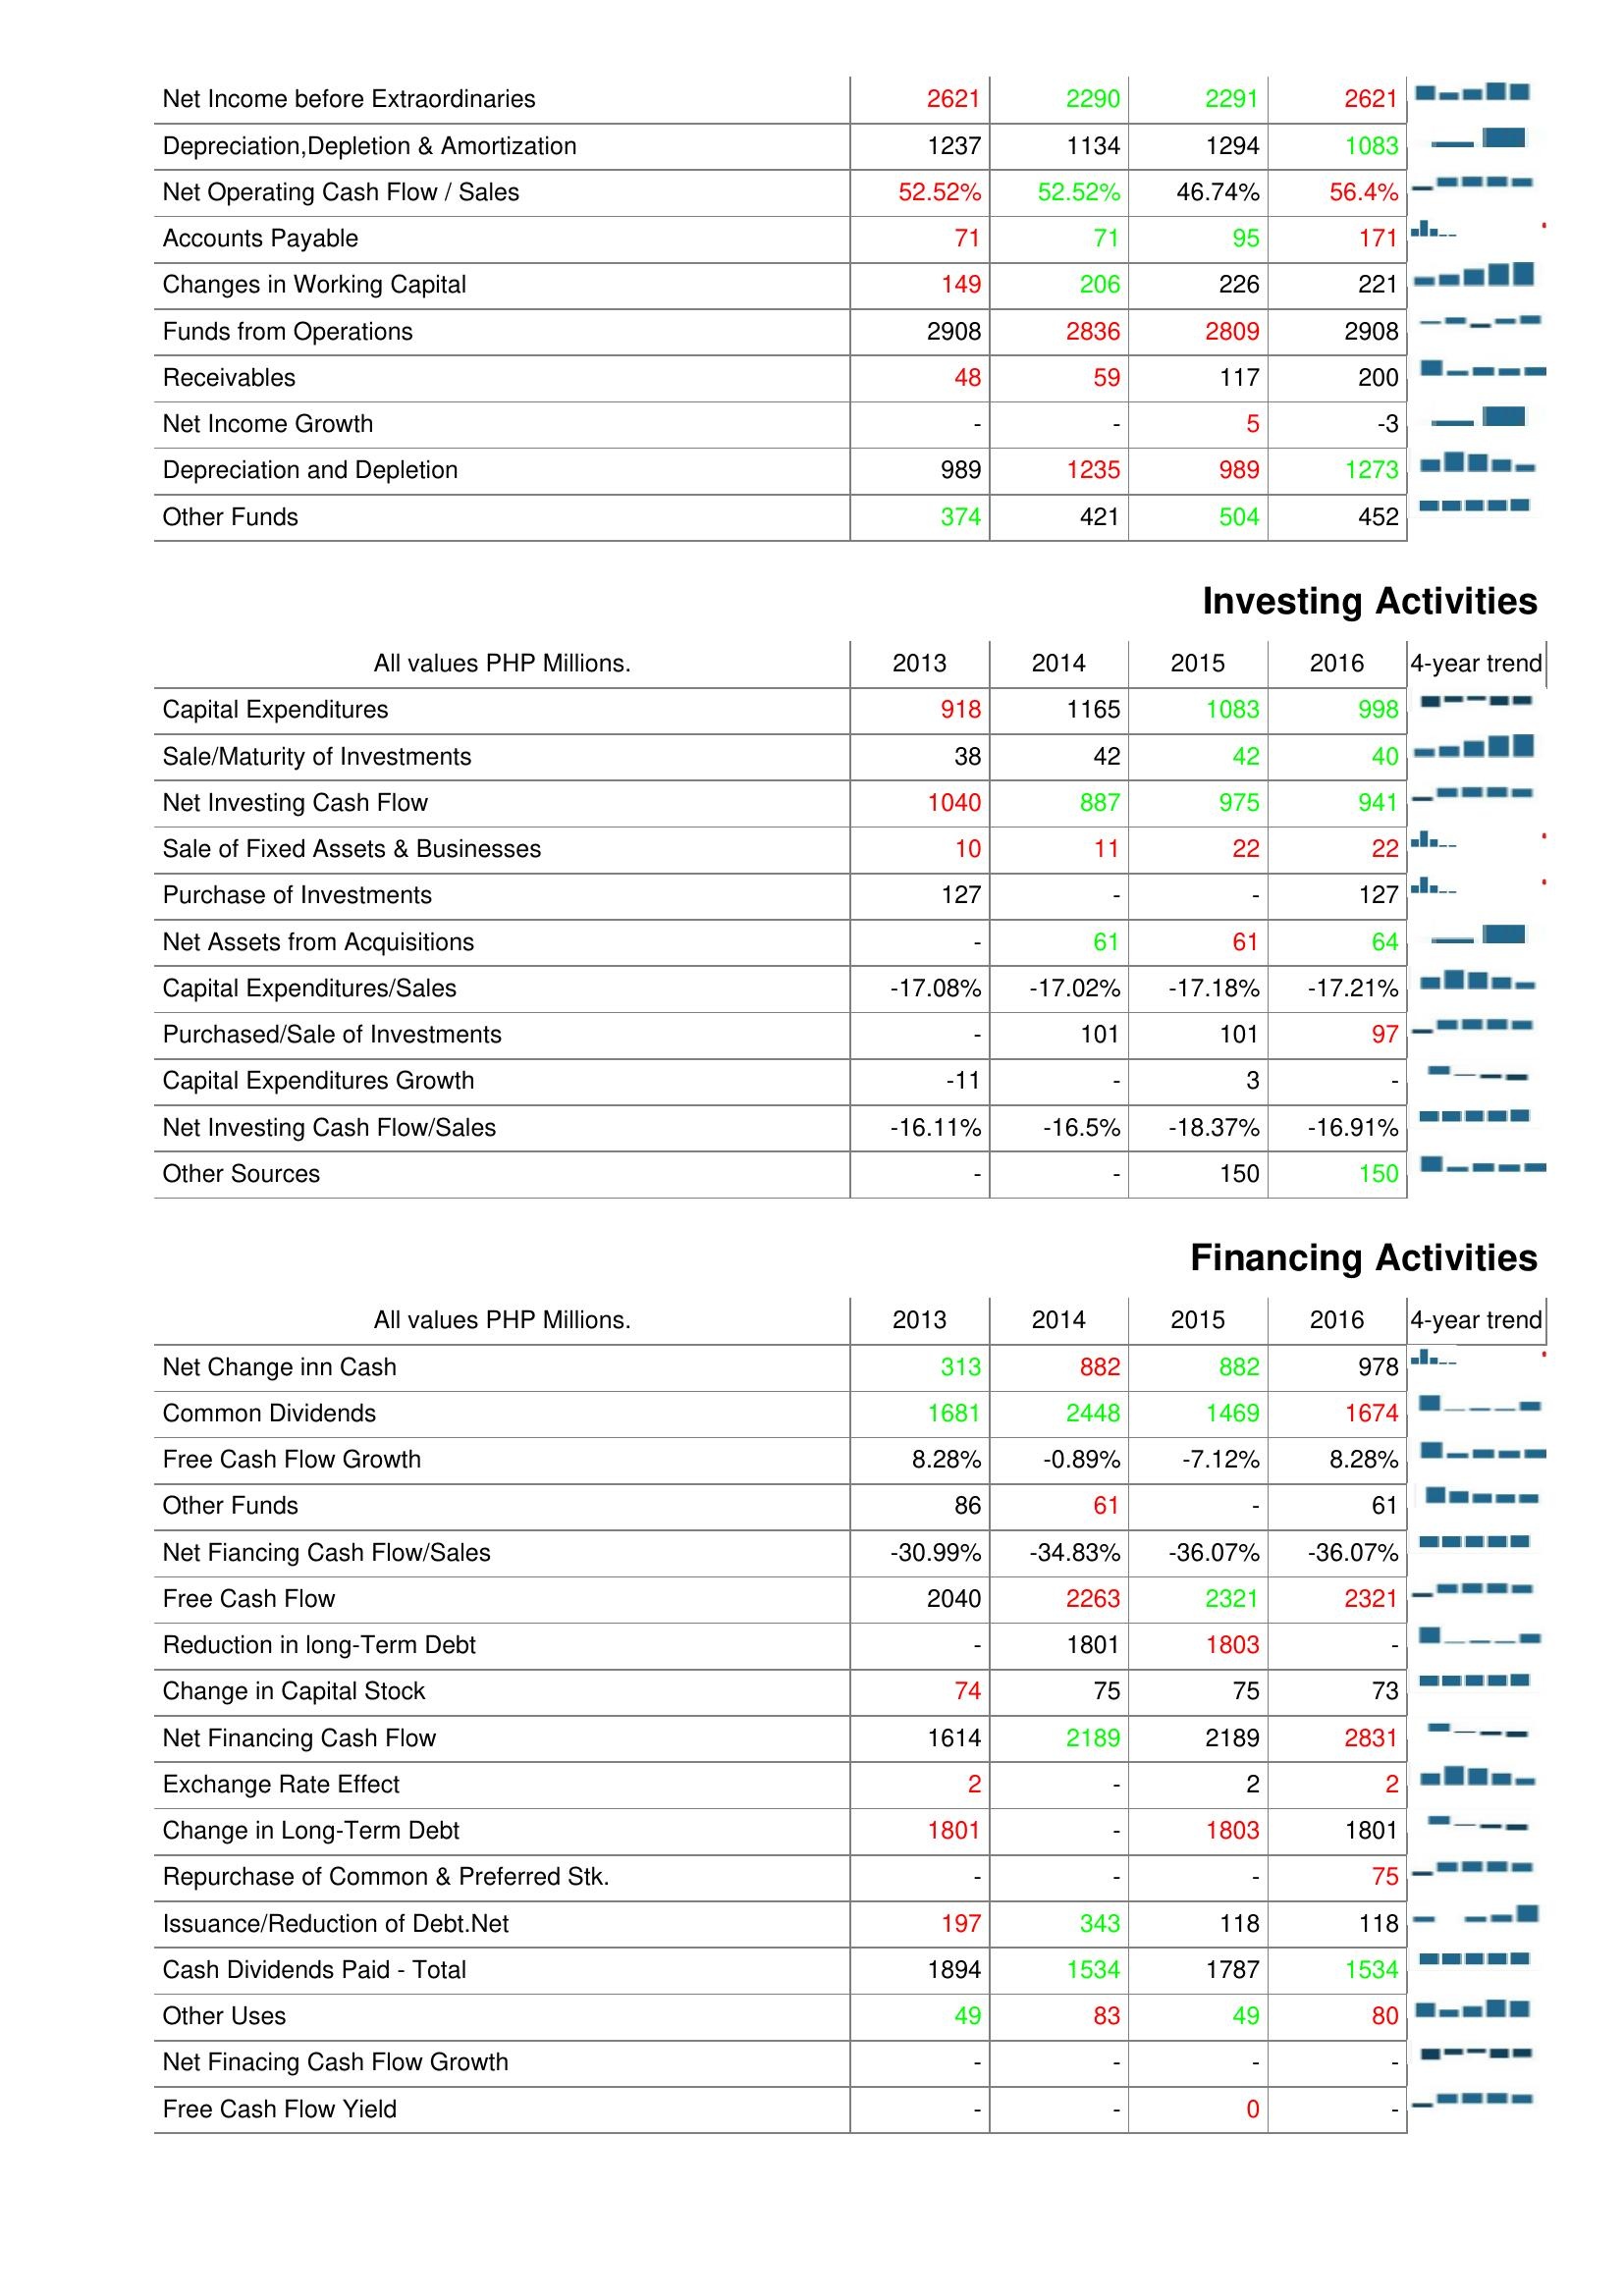
2013: Operating Activities: Net Income before Extraordinaries: 2621
Depreciation,Depletion & Amortization: 1237
Net Operating Cash Flow / Sales: 52.52%
Accounts Payable: 71
Changes in Working Capital: 149
Funds from Operations: 2908
Receivables: 48
Net Income Growth: -
Depreciation and Depletion: 989
Other Funds: 374
Investing Activities: Capital Expenditures: 918
Sale/Maturity of Investments: 38
Net Investing Cash Flow: 1040
Sale of Fixed Assets & Businesses: 10
Purchase of Investments: 127
Net Assets from Acquisitions: -
Capital Expenditures/Sales: -17.08%
Purchased/Sale of Investments: -
Capital Expenditures Growth: -11
Net Investing Cash Flow/Sales: -16.11%
Other Sources: -
Financing Activities: Net Change inn Cash: 313
Common Dividends: 1681
Free Cash Flow Growth: 8.28%
Other Funds: 86
Net Fiancing Cash Flow/Sales: -30.99%
Free Cash Flow: 2040
Reduction in long-Term Debt: -
Change in Capital Stock: 74
Net Financing Cash Flow: 1614
Exchange Rate Effect: 2
Change in Long-Term Debt: 1801
Repurchase of Common & Preferred Stk.: -
Issuance/Reduction of Debt.Net: 197
Cash Dividends Paid - Total: 1894
Other Uses: 49
Net Finacing Cash Flow Growth: -
Free Cash Flow Yield: -
2014: Operating Activities: Net Income before Extraordinaries: 2290
Depreciation,Depletion & Amortization: 1134
Net Operating Cash Flow / Sales: 52.52%
Accounts Payable: 71
Changes in Working Capital: 206
Funds from Operations: 2836
Receivables: 59
Net Income Growth: -
Depreciation and Depletion: 1235
Other Funds: 421
Investing Activities: Capital Expenditures: 1165
Sale/Maturity of Investments: 42
Net Investing Cash Flow: 887
Sale of Fixed Assets & Businesses: 11
Purchase of Investments: -
Net Assets from Acquisitions: 61
Capital Expenditures/Sales: -17.02%
Purchased/Sale of Investments: 101
Capital Expenditures Growth: -
Net Investing Cash Flow/Sales: -16.5%
Other Sources: -
Financing Activities: Net Change inn Cash: 882
Common Dividends: 2448
Free Cash Flow Growth: -0.89%
Other Funds: 61
Net Fiancing Cash Flow/Sales: -34.83%
Free Cash Flow: 2263
Reduction in long-Term Debt: 1801
Change in Capital Stock: 75
Net Financing Cash Flow: 2189
Exchange Rate Effect: -
Change in Long-Term Debt: -
Repurchase of Common & Preferred Stk.: -
Issuance/Reduction of Debt.Net: 343
Cash Dividends Paid - Total: 1534
Other Uses: 83
Net Finacing Cash Flow Growth: -
Free Cash Flow Yield: -
2015: Operating Activities: Net Income before Extraordinaries: 2291
Depreciation,Depletion & Amortization: 1294
Net Operating Cash Flow / Sales: 46.74%
Accounts Payable: 95
Changes in Working Capital: 226
Funds from Operations: 2809
Receivables: 117
Net Income Growth: 5
Depreciation and Depletion: 989
Other Funds: 504
Investing Activities: Capital Expenditures: 1083
Sale/Maturity of Investments: 42
Net Investing Cash Flow: 975
Sale of Fixed Assets & Businesses: 22
Purchase of Investments: -
Net Assets from Acquisitions: 61
Capital Expenditures/Sales: -17.18%
Purchased/Sale of Investments: 101
Capital Expenditures Growth: 3
Net Investing Cash Flow/Sales: -18.37%
Other Sources: 150
Financing Activities: Net Change inn Cash: 882
Common Dividends: 1469
Free Cash Flow Growth: -7.12%
Other Funds: -
Net Fiancing Cash Flow/Sales: -36.07%
Free Cash Flow: 2321
Reduction in long-Term Debt: 1803
Change in Capital Stock: 75
Net Financing Cash Flow: 2189
Exchange Rate Effect: 2
Change in Long-Term Debt: 1803
Repurchase of Common & Preferred Stk.: -
Issuance/Reduction of Debt.Net: 118
Cash Dividends Paid - Total: 1787
Other Uses: 49
Net Finacing Cash Flow Growth: -
Free Cash Flow Yield: 0
2016: Operating Activities: Net Income before Extraordinaries: 2621
Depreciation,Depletion & Amortization: 1083
Net Operating Cash Flow / Sales: 56.4%
Accounts Payable: 171
Changes in Working Capital: 221
Funds from Operations: 2908
Receivables: 200
Net Income Growth: -3
Depreciation and Depletion: 1273
Other Funds: 452
Investing Activities: Capital Expenditures: 998
Sale/Maturity of Investments: 40
Net Investing Cash Flow: 941
Sale of Fixed Assets & Businesses: 22
Purchase of Investments: 127
Net Assets from Acquisitions: 64
Capital Expenditures/Sales: -17.21%
Purchased/Sale of Investments: 97
Capital Expenditures Growth: -
Net Investing Cash Flow/Sales: -16.91%
Other Sources: 150
Financing Activities: Net Change inn Cash: 978
Common Dividends: 1674
Free Cash Flow Growth: 8.28%
Other Funds: 61
Net Fiancing Cash Flow/Sales: -36.07%
Free Cash Flow: 2321
Reduction in long-Term Debt: -
Change in Capital Stock: 73
Net Financing Cash Flow: 2831
Exchange Rate Effect: 2
Change in Long-Term Debt: 1801
Repurchase of Common & Preferred Stk.: 75
Issuance/Reduction of Debt.Net: 118
Cash Dividends Paid - Total: 1534
Other Uses: 80
Net Finacing Cash Flow Growth: -
Free Cash Flow Yield: -